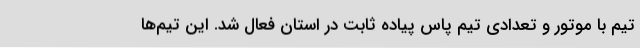
تیم با موتور و تعدادی تیم پاس پیاده ثابت در استان فعال شد. این تیم‌ها